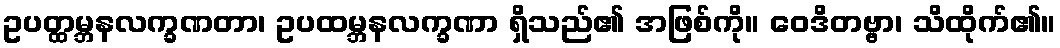
ဥပတ္ထမ္ဘနလက္ခဏတာ၊ ဥပထမ္ဘနလက္ခဏာ ရှိသည်၏ အဖြစ်ကို။ ဝေဒိတဗ္ဗာ၊ သိထိုက်၏။